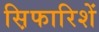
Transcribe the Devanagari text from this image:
स़िफारिशें